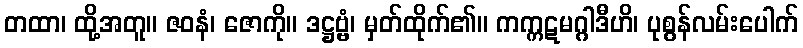
တထာ၊ ထို့အတူ။ ဇဝနံ၊ ဇောကို။ ဒဋ္ဌဗ္ဗံ၊ မှတ်ထိုက်၏။ ကက္ကဋမဂ္ဂါဒီဟိ၊ ပုစွန်လမ်းပေါက်